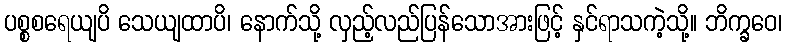
ပစ္စစရေယျပိ သေယျထာပိ၊ နောက်သို့ လှည့်လည်ပြန်သောအားဖြင့် နှင်ရာသကဲ့သို့။ ဘိက္ခဝေ၊